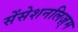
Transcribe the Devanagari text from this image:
सेंसेशनलिज़्म